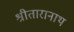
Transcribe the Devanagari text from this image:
श्रीतारानाथ